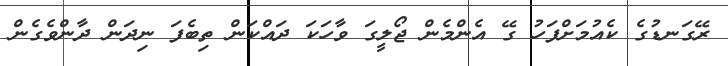
ރޭގަނޑުގެ ކެއުމަށްފަހު ގޭ އެންމެން ޖޯލީގަ ވާހަކަ ދައްކަން ތިބެފަ ނިދަން ދާންވެގެން